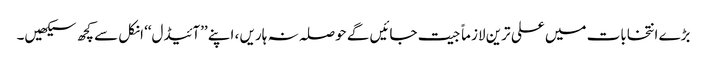
بڑے انتخابات میں علی ترین لازماً جیت جائیں گے حوصلہ نہ ہاریں ، اپنے ’’آئیڈل‘‘ انکل سے کچھ سیکھیں۔